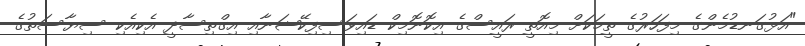
"އަޅުގަނޑުމެންގެ މިފަހަރުގެ ތީމަކަށް މިއޮތީ ރައީސްގެ އިކޮނޮމިކް ޑައިވަސިފިކޭޝަނާއި އިގްތިސާދީ އެކިއެކި ސިޔާސަތުގެ